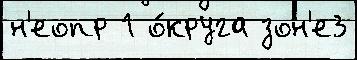
н'еопр 1 о́круга зон'е3